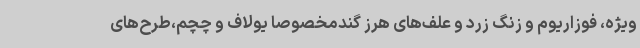
ویژه، فوزاریوم و زنگ زرد و علف‌های هرز گندمخصوصاً یولاف و چچم،طرح‌های